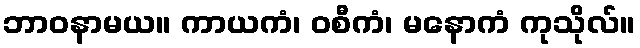
ဘာဝနာမယ။ ကာယကံ၊ ဝစီကံ၊ မနောကံ ကုသိုလ်။